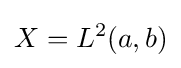
X=L^{2}(a,b)